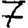
Digit: 7